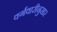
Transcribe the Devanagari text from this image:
वर्गवारीनुसार